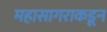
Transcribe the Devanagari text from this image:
महासागराकडून